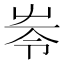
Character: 𡴒